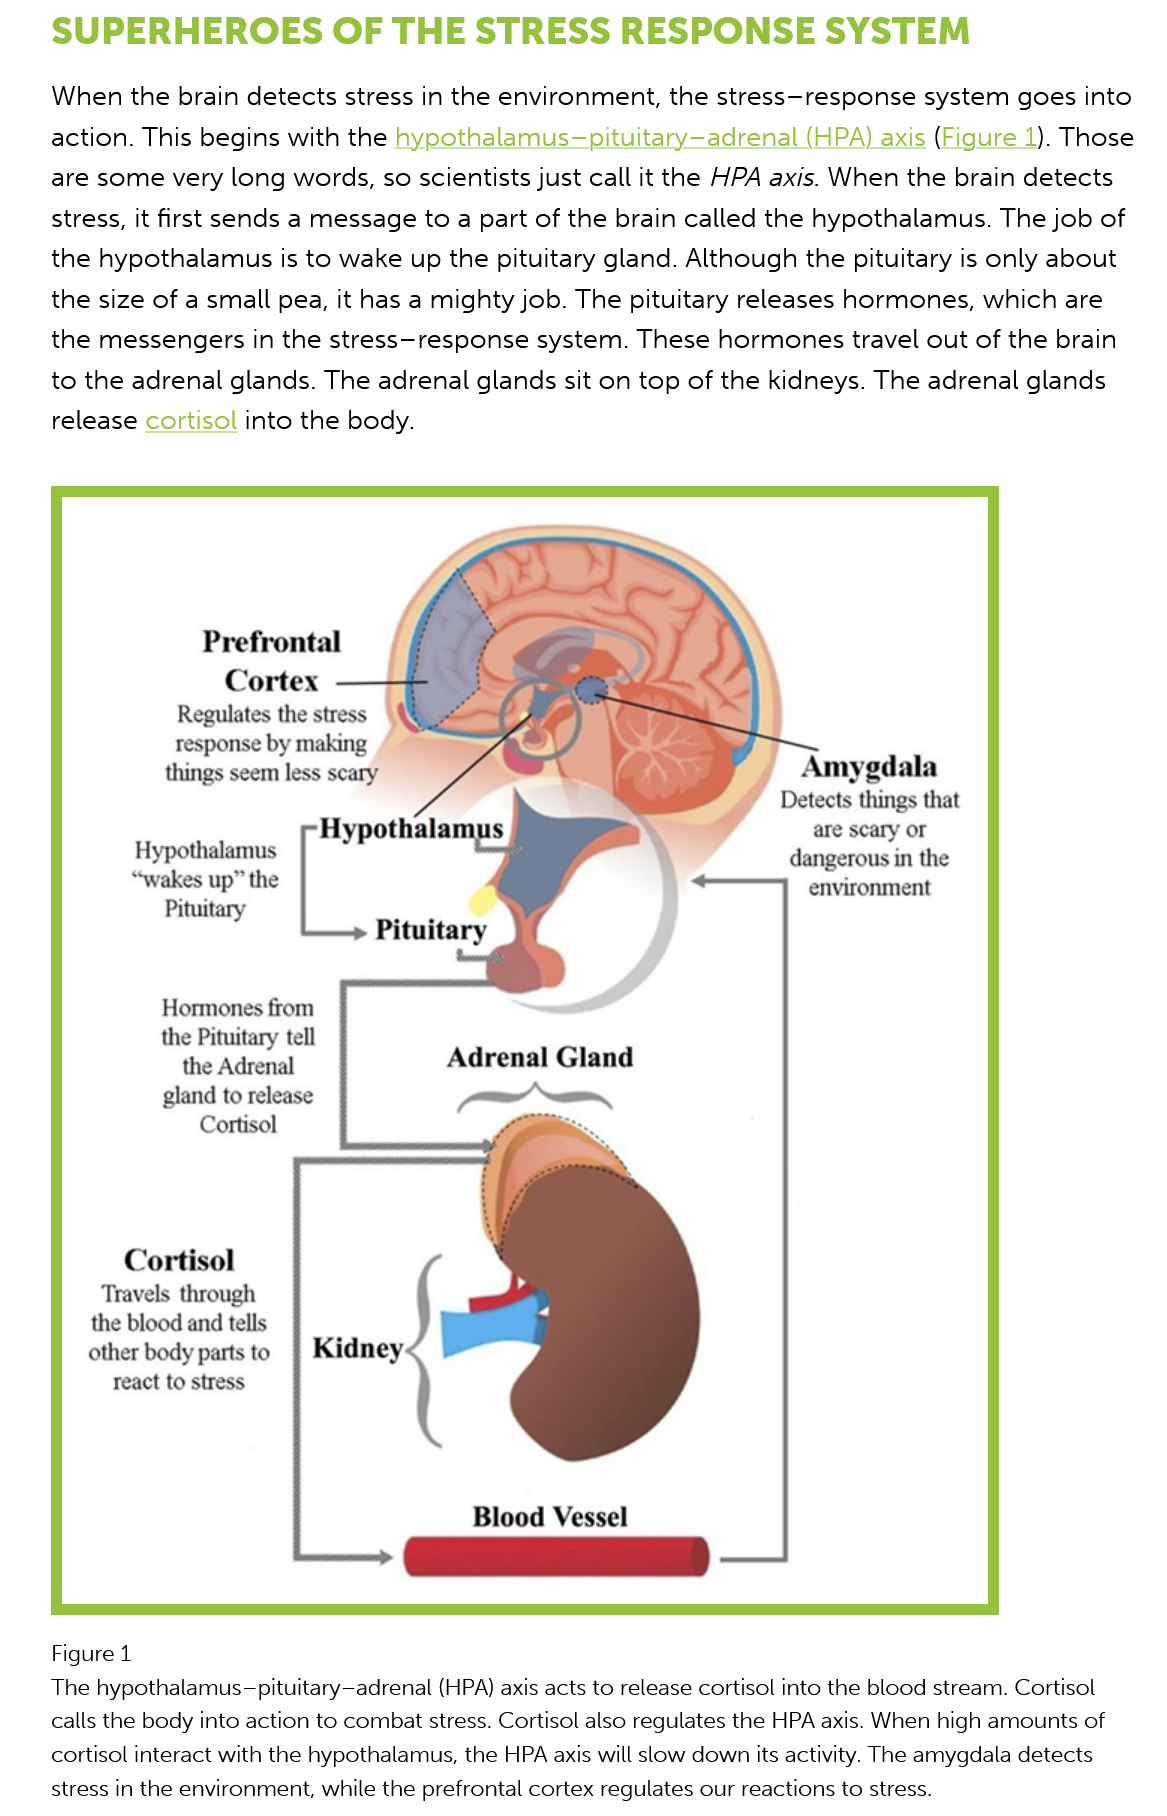
SUPERHEROES    OF   THE    STRESS    RESPONSE    SYSTEM
     When the brain   detects stress in the environment,  the stress—response   system  goes into
     action. This begins with  the hypothalamus~—pituitary—adrenal    (HPA)  axis (Figure 1). Those
     are some  very  long words,  so scientists just call it the HPA axis. When the brain detects
     stress, it first sends a message to a part of the brain called the hypothalamus.  The job of
     the hypothalamus  is  to wake  up the pituitary gland. Although  the pituitary is only about
     the size of a small pea, it has a mighty job. The pituitary releases hormones,  which are
     the messengers  in  the stress—response   system. These   hormones travel  out  of the brain
     to the adrenal glands. The  adrenal  glands sit on top of the kidneys. The  adrenal glands
     release cortisol into the body.

     Prefrontal
     Cortex
     Regulates the stress
     response by making
     things seem less scary    Amygdala
     Detects things that
     are scary or
     dangerous in the
     environment

     Hormones from
     the Pituitary tell
     the Adrenal
     gland to release
     Cortisol
     Adrenal  Gland
     .
     .
     Cortisol
     Travels through
     the blood and tells
     other body parts to
     react to stress

     Blood  Vessel
     Figure 1
     The hypothalamus —pituitary—adrenal (HPA) axis acts to release cortisol into the blood stream. Cortisol
     calls the body into action to combat stress. Cortisol also regulates the HPA axis. When high amounts of
     cortisol interact with the hypothalamus, the HPA axis will slow down its activity. The amygdala detects
     stress in the environment, while the prefrontal cortex regulates our reactions to stress.